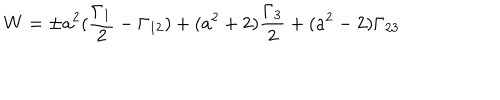
W = \pm a ^ { 2 } ( \frac { \Gamma _ { 1 } } { 2 } - \Gamma _ { 1 2 } ) + ( a ^ { 2 } + 2 ) \frac { \Gamma _ { 3 } } { 2 } + ( a ^ { 2 } - 2 ) \Gamma _ { 2 3 }